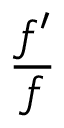
\frac { f ^ { \prime } } { f }